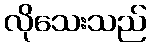
လိုသေးသည်